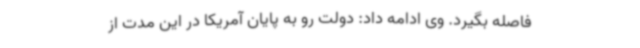
فاصله بگیرد. وی ادامه داد: دولت رو به پایان آمریکا در این مدت از